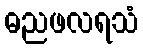
ဓညဖလရသံ